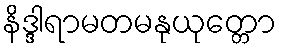
နိဒ္ဒါရာမတမနုယုတ္တော